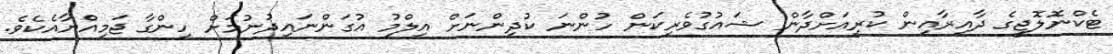
ޓެކްނޮލޮޖީގެ ދާއިރާއިން ކުރިއަށްދާން ޝައުގުވެރިކަން ހުންނަ ކުދިންނަށް އިލްމު އުގަންނައިދުނުމަށް ހިންގާ ޖަމިއްޔާއެކެވެ.